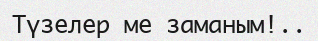
Түзелер ме заманым!..